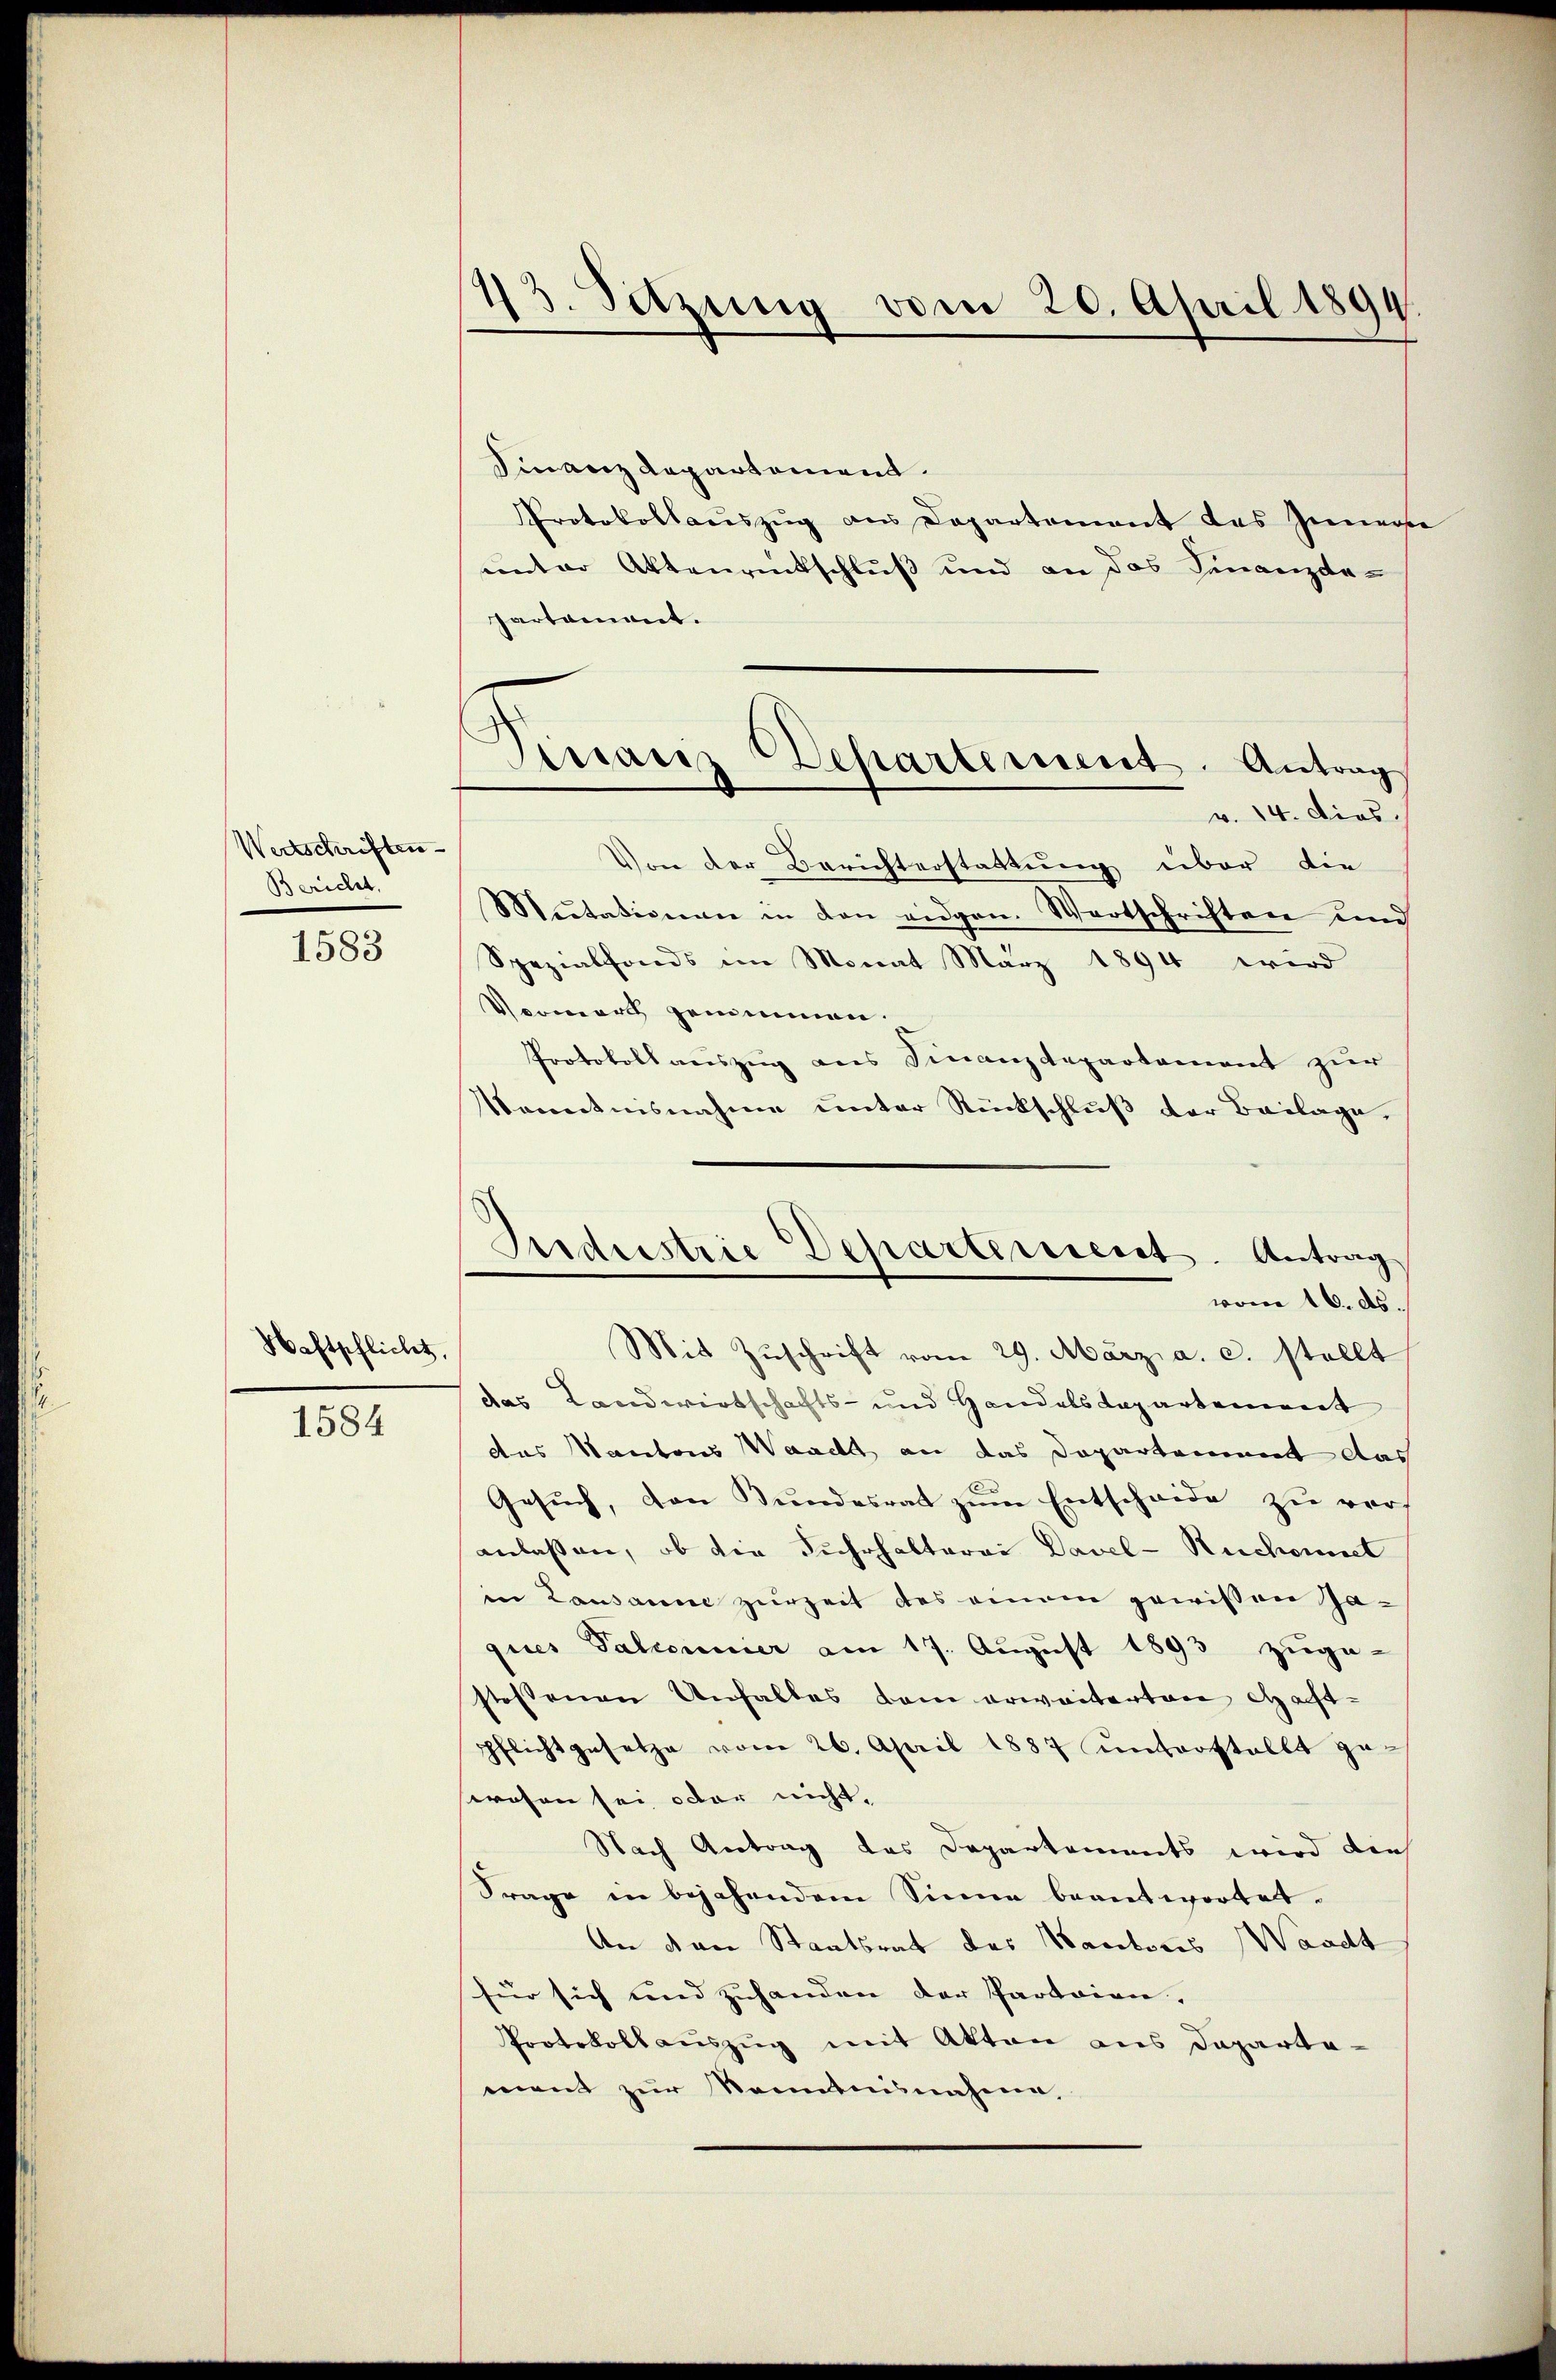
Wertschriften
Bericht.

1583

Wahtschliches,

1584

13. Setzung vom 20. April 1894.

mraris Departement. Antrag

Ideestrie Departement. Antrag
vom 16. ds.

Finanz Repartement
Protokollauszug aus Departement des Innerse
unter Aktenrütschluß und an das Finanzde-
partament.
v. 14. Dies
Von der Berichterstattung über die
Mutationen in den eidgen. Wortschriften und
Spezialfonds im Monat März 1894 wird
Vormers genommen.
Protokoll auszug aus Finanzdepartement zur
Kenntnisnahme unter Rückschluß der Beilage,
Mit Zŭschrift vom 29. März a. c. stellt
das Landwirtschafts- und Handelsdepartement
das Kantons Waadt an das Departement das
Gesŭch, den Bŭndesrat zŭm Entschaide zŭ ver-
anlassen, ob die Fuhrhalterei Davel-Rechnet
in Lausanne zurzeit des einem gewissen Jaques Palcominer am 17. August 1893 zuge-
stoßenen Unfalles dem erweiterten Gastpflicht gesetze vom 26. April 1887 unterstellt ge-
wesen sei oder nicht,
Nach Antrag das Departements wird dies
Frage in bejahendem Sinne beantwortet.
An den Staatsrat des Hautores Waadt
für sich und zuhanden der Parteien. |
Protokollauszug mit Akten aus Departa-
ment zur Kenntnisnahme